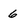
Character: 6